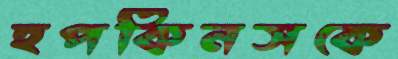
হপকিনসকে